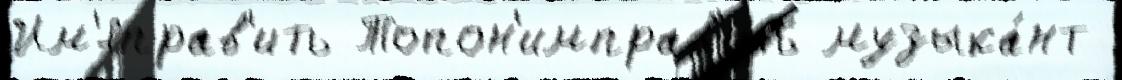
Им'яправ'ить Топон'имправ'ить музыка́нт